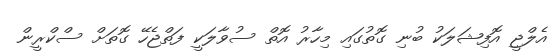
އެލްޖީ އޮފިޝަލަކު ބުނި ގޮތުގައި މިހާރު އޮތް ސުވާލަކީ ފަތްޖެހޭ ގޮތަށް ސްކްރީން